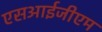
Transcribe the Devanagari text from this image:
एसआईजीएम